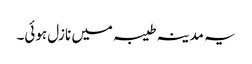
یہ مدینہ طیبہ میں نازل ہوئی۔